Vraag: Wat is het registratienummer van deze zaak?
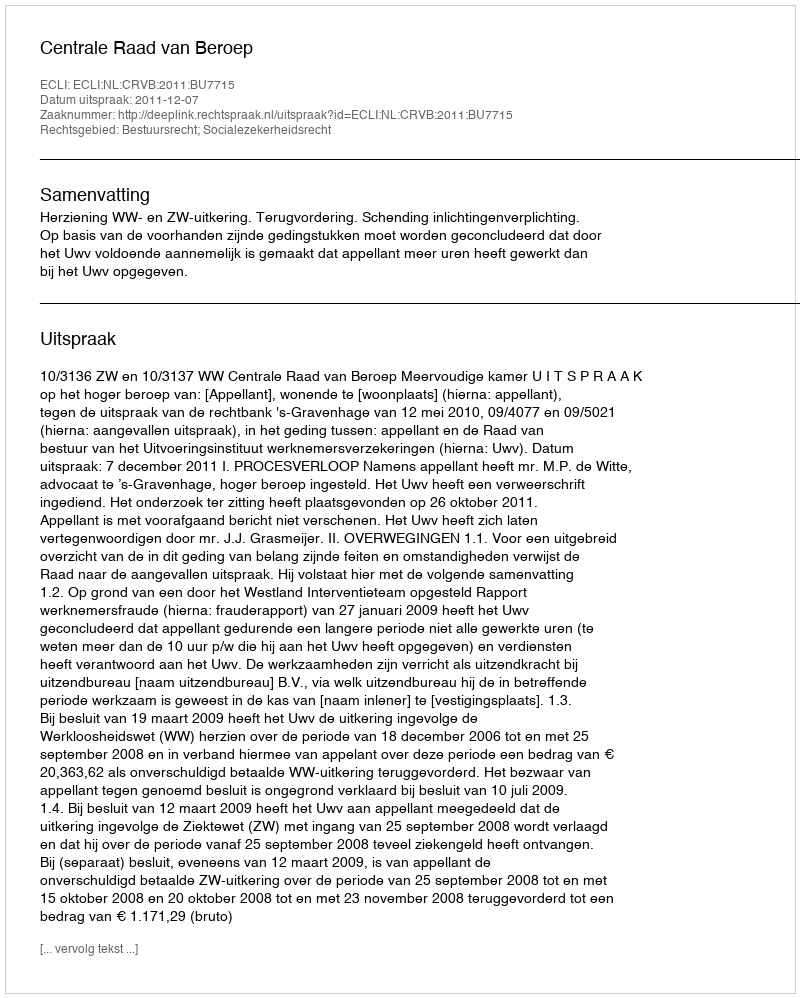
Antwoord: http://deeplink.rechtspraak.nl/uitspraak?id=ECLI:NL:CRVB:2011:BU7715